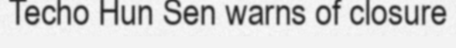
Techo Hun Sen warns of closure